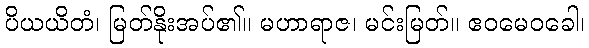
ပိယယိတံ၊ မြတ်နိုးအပ်၏။ မဟာရာဇ၊ မင်းမြတ်။ ဧဝမေဝခေါ၊